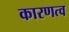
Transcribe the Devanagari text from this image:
कारणत्व